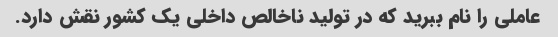
عاملی را نام ببرید که در تولید ناخالص داخلی یک کشور نقش دارد.